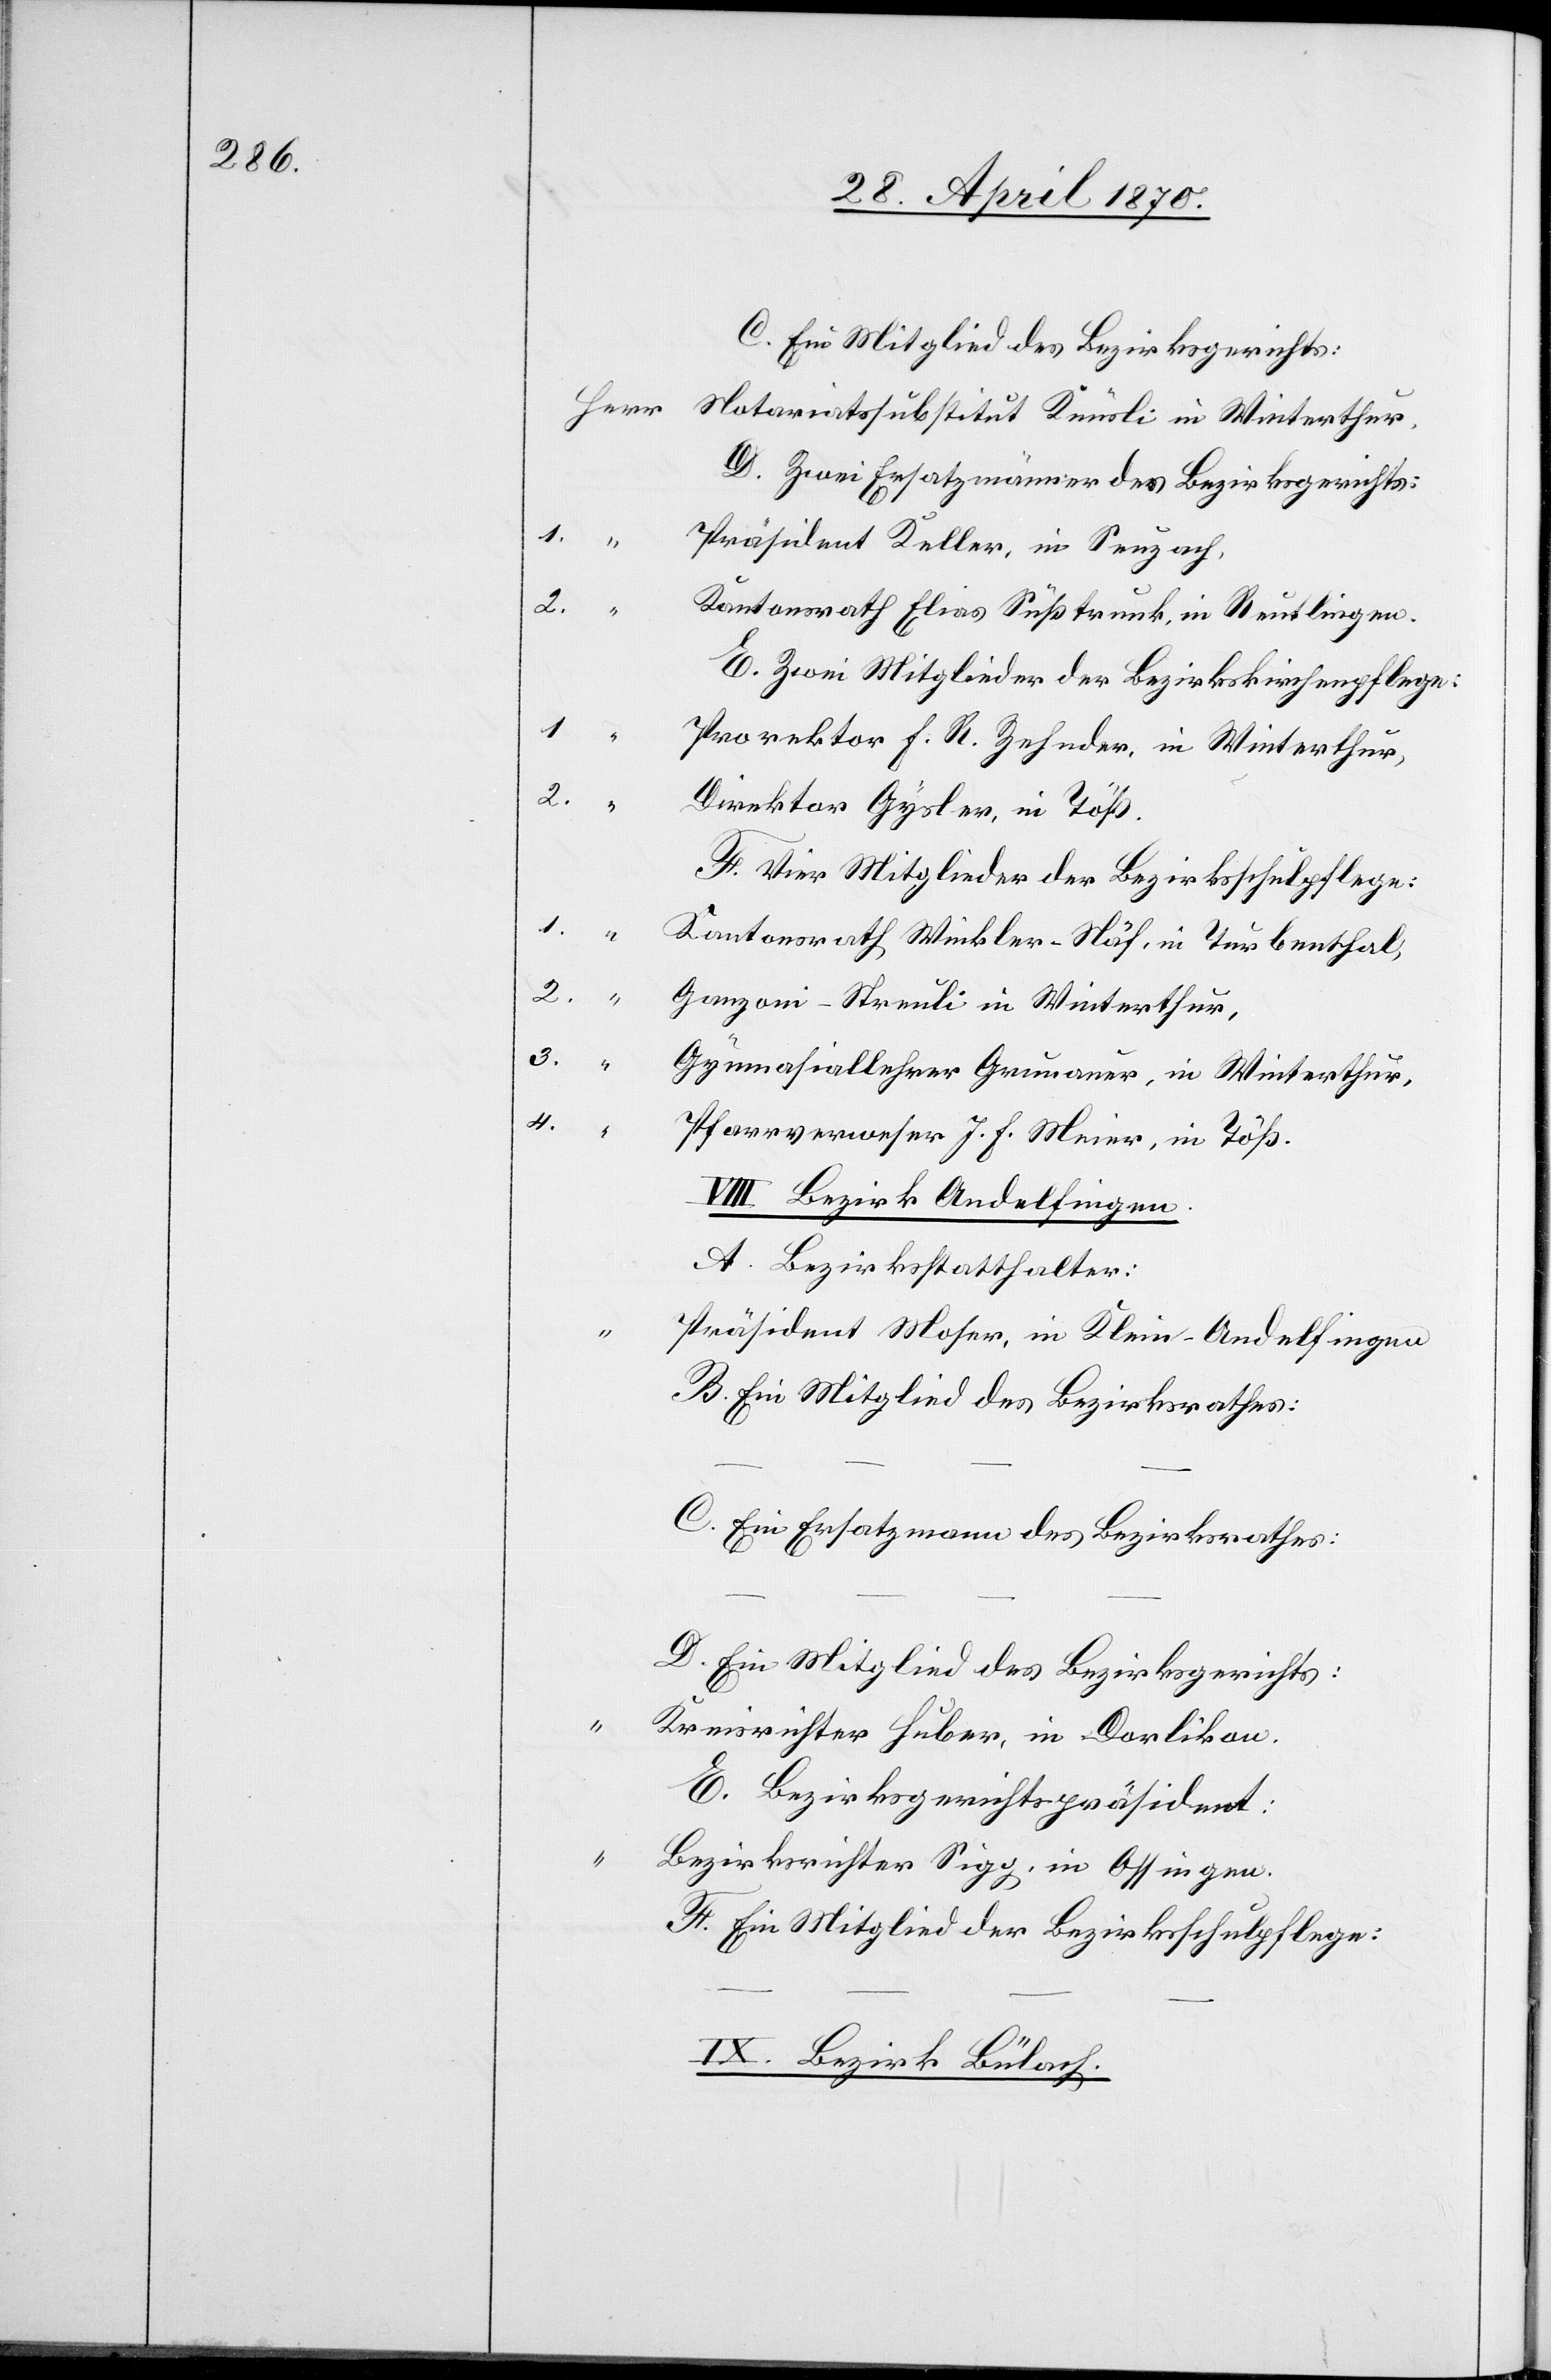
1.

C. Ein Mitglied des Bezirksgerichts:
D. Zwei Ersatzmänner des Bezirksgerichts:
Präsident Keller, in Seuzach,
3.
Kantonsrath Elias Süßtrunk, in Reutlingen.
E. Zwei Mitglieder der Bezirkskirchenpflege:
1.
Prorektor F. R. Zehnder, in Winterthur,
2.
Direktor Gysler, in Töß.
F. Vier Mitglieder der Bezirksschulpflege:
Kantonsrath Winkler-Näf, in Turbenthal,
2.
Ganzoni-Streuli in Winterthur,
Gymnasiallehrer Grunauer, in Winterthur,
4.
Pfarrverweser J. F. Meier, in Töß.
VIII. Bezirk Andelfingen.
A. Bezirksstatthalter:
Präsident Moser, in Klein-Andelfingen
B. Ein Mitglied des Bezirksrathes:
C. Ein Ersatzmann des Bezirksrathes:
D. Ein Mitglied des Bezirksgerichts:
Kreisrichter Huber, in Dorlikon.
E. Bezirksgerichtspräsident.
Bezirksrichter Sigg, in Ossingen.
F. Ein Mitglied der Bezirksschulpflege:
IX. Bezirk Bülach.